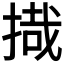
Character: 𰔈